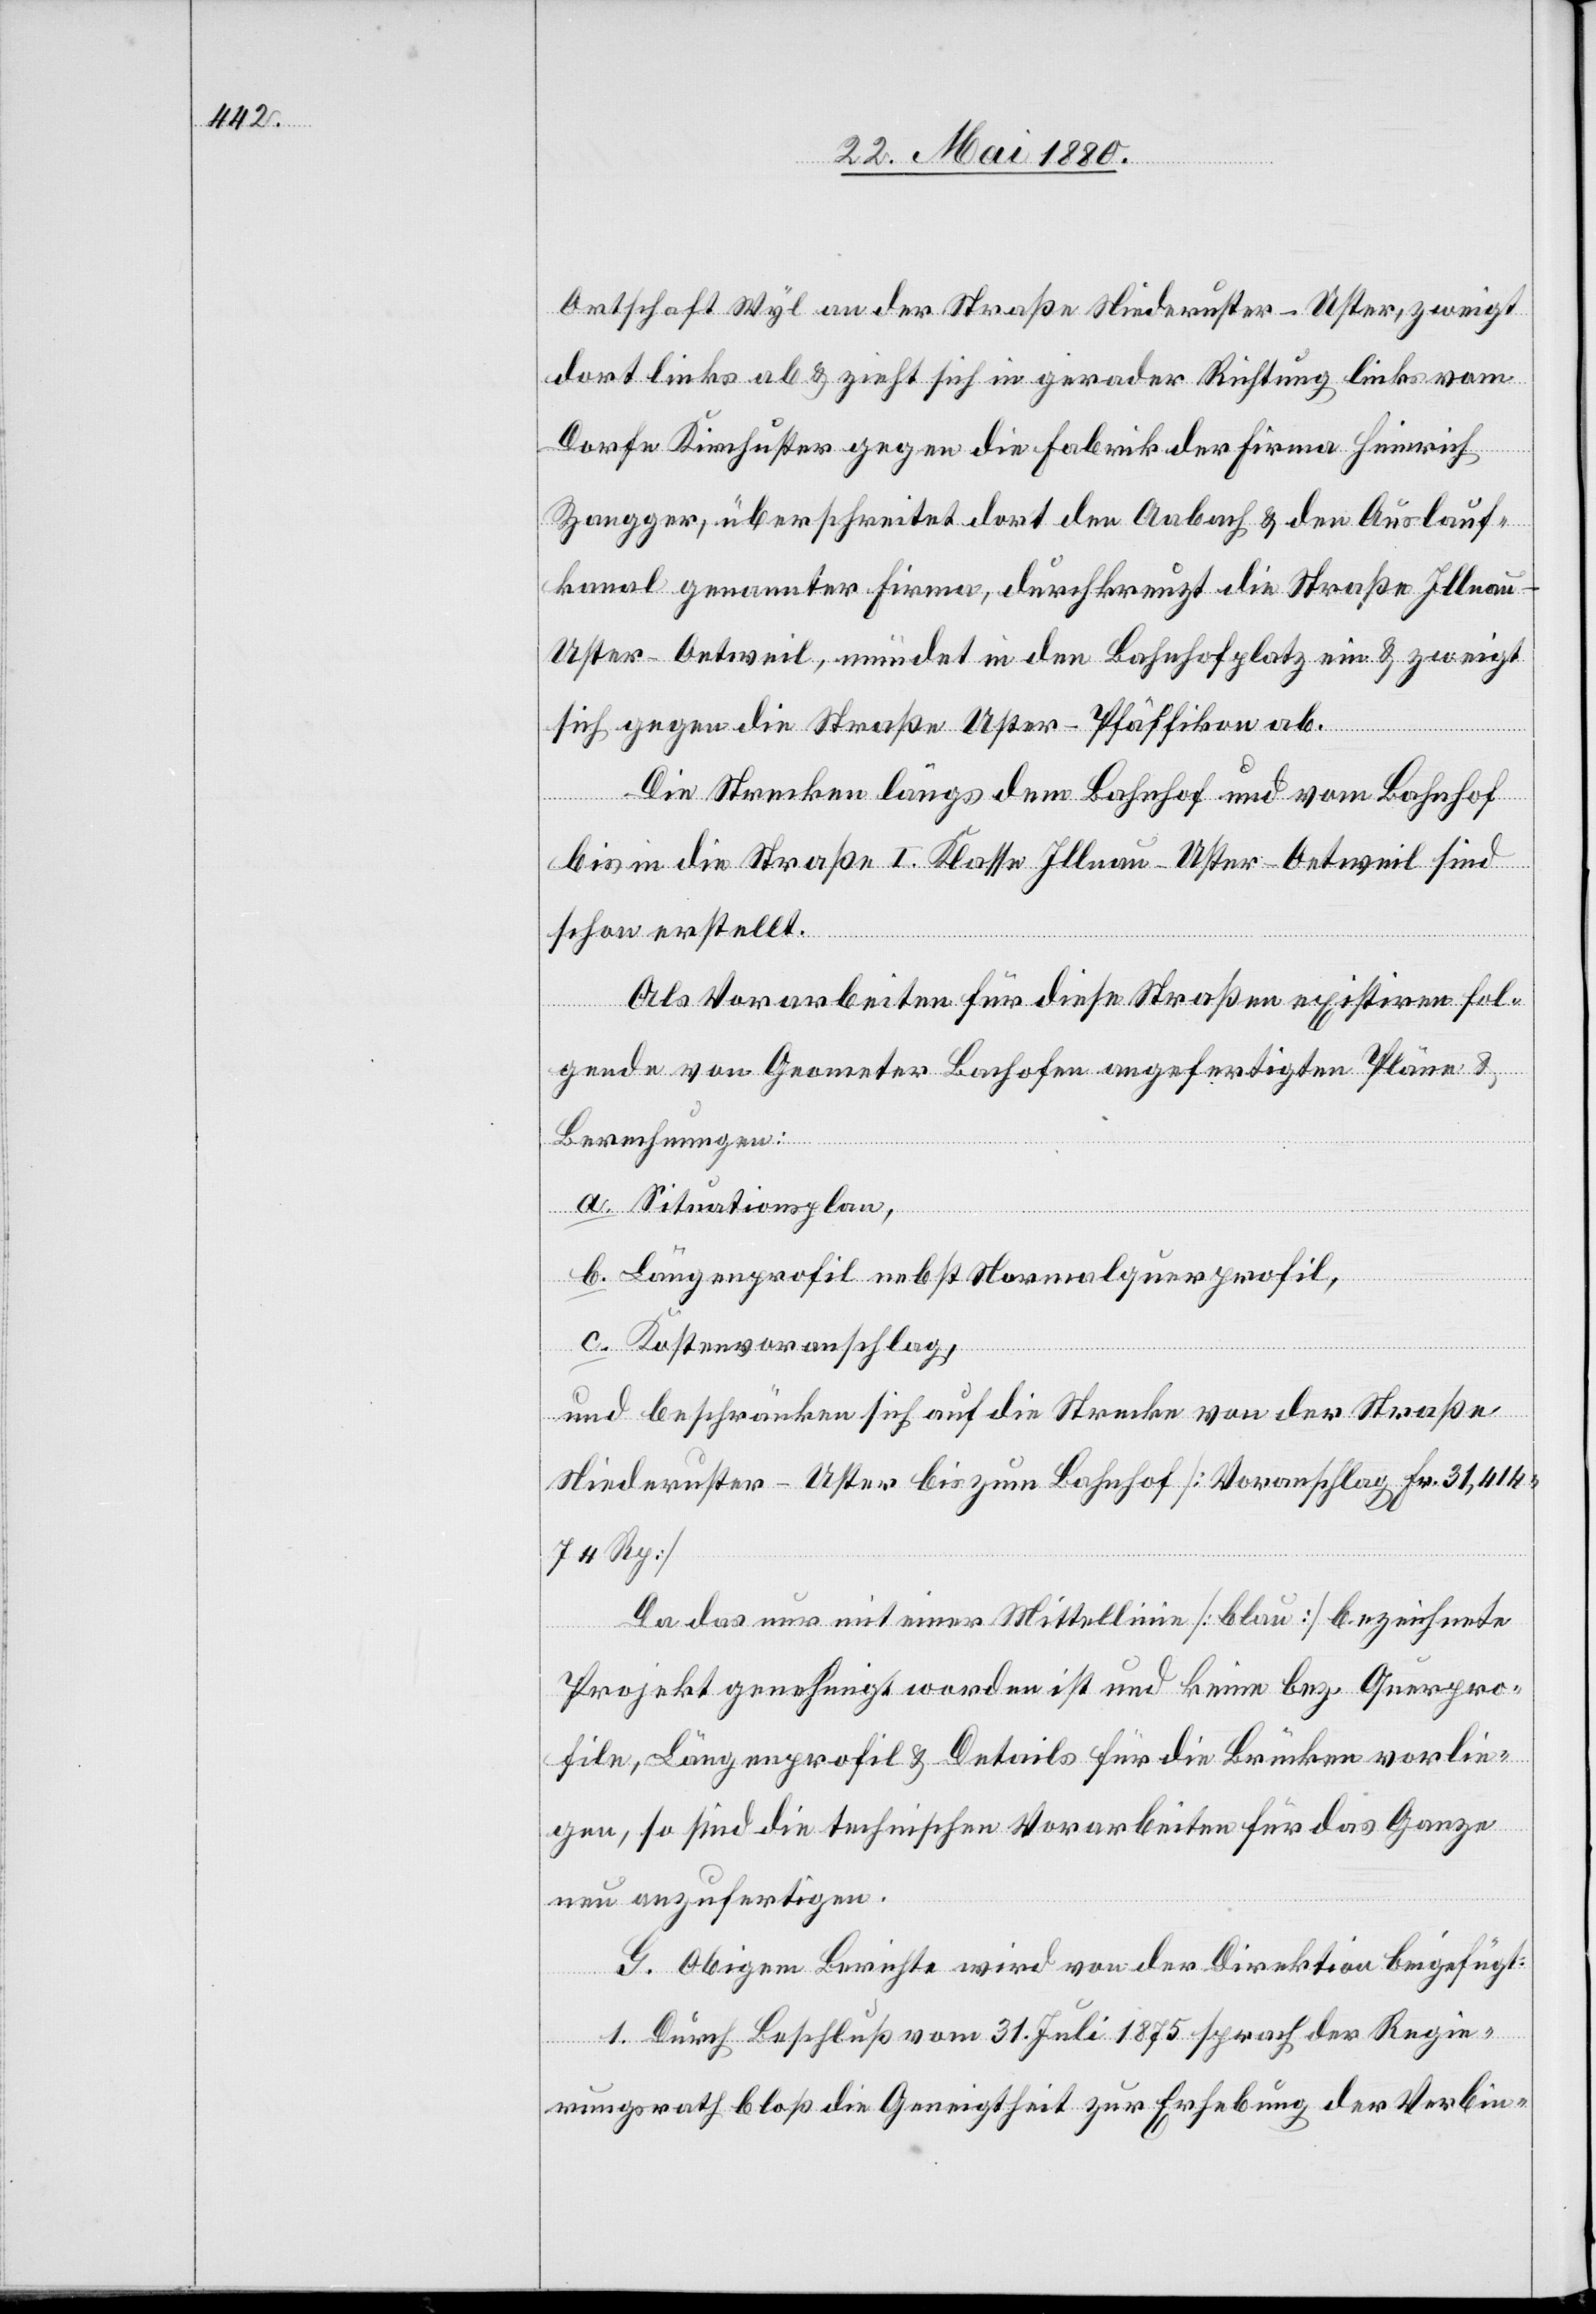
Ortschaft Wyl an der Straße Niederuster–Uster, zweigt
dort links ab & zieht sich in gerader Richtung links vom
Dorfe Kirchuster gegen die Fabrik der Firma Heinrich
Zangger, überschreitet dort den Aabach & den Auslauf¬
kanal genannter Firma, durchkreuzt die Straße Illna¬
u–Uster–Oetweil, mündet in den Bahnhofplatz ein & zweigt
sich gegen die Straße Uster–Pfäffikon ab.
Die Strecken längs dem Bahnhof und vom Bahnhof
bis in die Straße I. Klasse Illnau–Uster–Oetweil sind
schon erstellt.
Als Vorarbeiten für diese Straßen existiren fol¬
gende von Geometer Bachofer angefertigten Pläne &
Berechnungen:
a. Situationsplan,
b. Längenprofil nebst Normalquerprofil,
c. Kostenvoranschlag,
und beschränken sich auf die Straße von der Straße
Niederuster–Uster bis zum Bahnhof [Voranschlag Fr. 31,414.
74 Rp.]
Das das nur mit einer Mittellinie [blau] bezeichnete
Projekt genehmigt worden ist und keine bez. Querpro¬
file, Längenprofile & Details für die Brücken vorlie¬
gen, so sind die technischen Vorarbeiten für das Ganze
neu anzufertigen.
G. Obigem Berichte wird von der Direktion beigefügt:
1. Durch Beschluß vom 31. Juli 1875 sprach der Regie¬
rungsrath bloß die Geneigtheit zur Erhebung der Verbin-